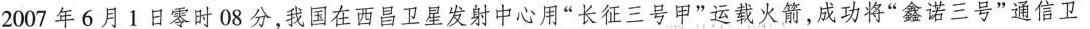
2007年6月1日零时08分，我国在西昌卫星发射中心用“长征三号甲”运载火箭，成功将“鑫诺三号”通信卫